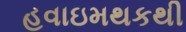
હવાઇમથકથી